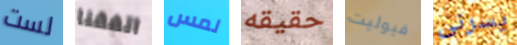
لست اتفقنا لمس حقيقه فيوليت يسرنى